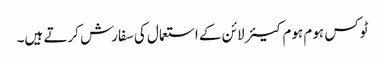
ٹوکس ہوم ہوم کیئر لائن کے استعمال کی سفارش کرتے ہیں۔